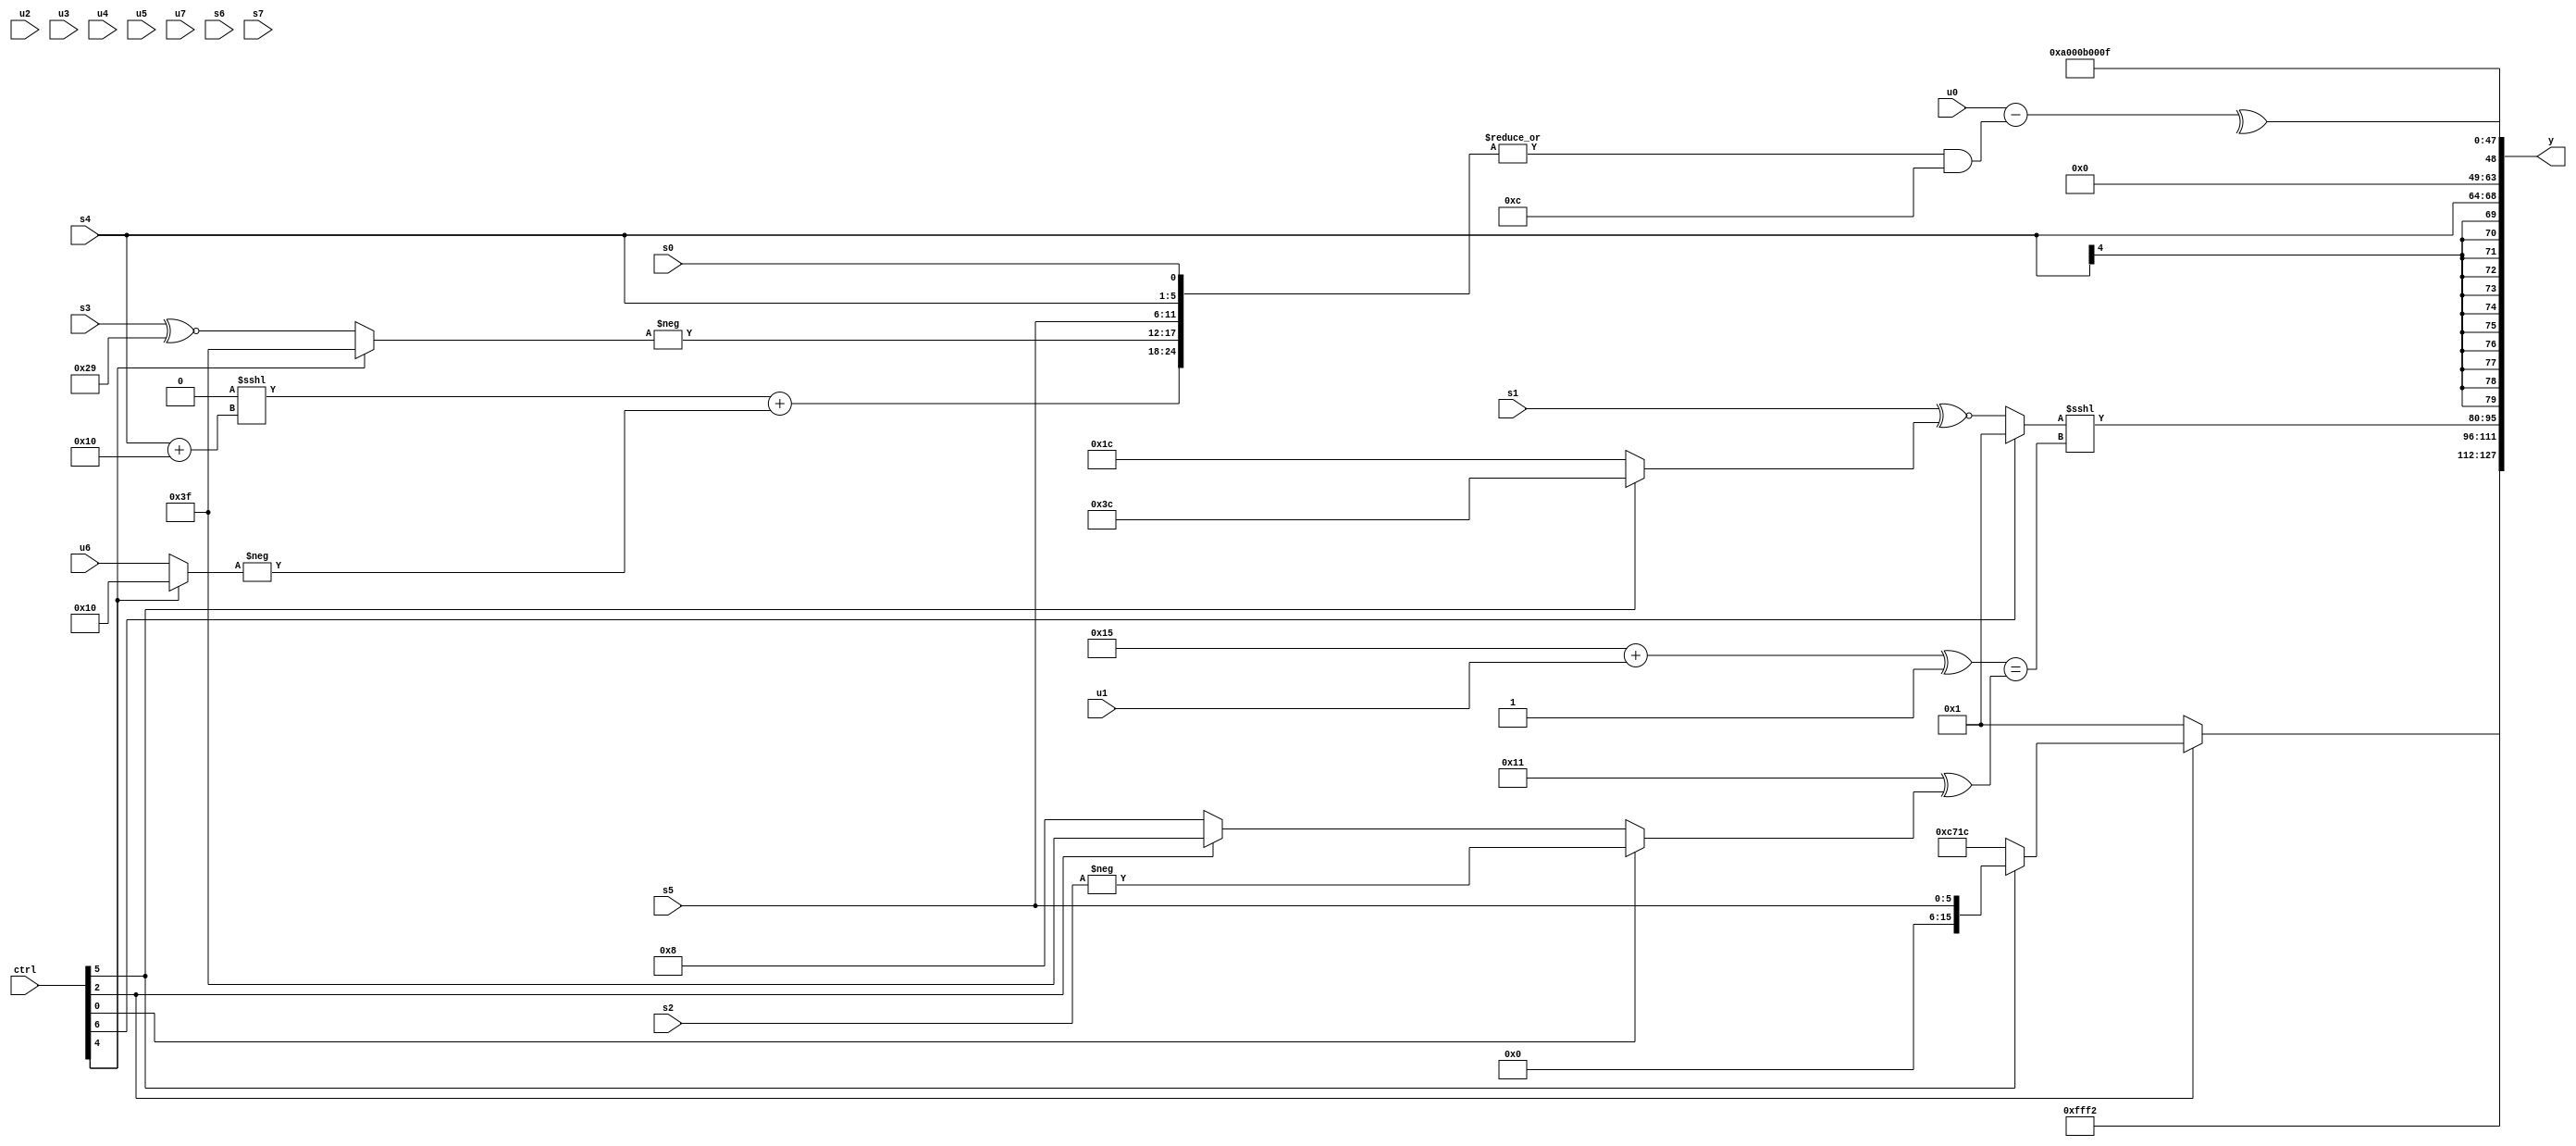
module wideexpr_00261(ctrl, u0, u1, u2, u3, u4, u5, u6, u7, s0, s1, s2, s3, s4, s5, s6, s7, y);
  input [7:0] ctrl;
  input [0:0] u0;
  input [1:0] u1;
  input [2:0] u2;
  input [3:0] u3;
  input [4:0] u4;
  input [5:0] u5;
  input [6:0] u6;
  input [7:0] u7;
  input signed [0:0] s0;
  input signed [1:0] s1;
  input signed [2:0] s2;
  input signed [3:0] s3;
  input signed [4:0] s4;
  input signed [5:0] s5;
  input signed [6:0] s6;
  input signed [7:0] s7;
  output [127:0] y;
  wire [15:0] y0;
  wire [15:0] y1;
  wire [15:0] y2;
  wire [15:0] y3;
  wire [15:0] y4;
  wire [15:0] y5;
  wire [15:0] y6;
  wire [15:0] y7;
  assign y = {y0,y1,y2,y3,y4,y5,y6,y7};
  assign y0 = (ctrl[2]?{1{$signed((ctrl[5]?s5:{4{~(6'sb100011)}}))}}:(-(5'sb00000))>=((s4)<<($signed(5'b01101))));
  assign y1 = 5'sb10010;
  assign y2 = ((ctrl[6]?3'sb001:(s1)^~($signed((ctrl[5]?(1'sb0)+(4'sb1100):6'sb011100)))))<<<($signed((($signed((5'b10101)+(u1)))^(2'sb11))==((5'sb10001)^((ctrl[0]?-(s2):(ctrl[2]?3'sb111:6'sb001000))))));
  assign y3 = s4;
  assign y4 = ^((+(u0))-((|({(((s6)<<(5'sb01100))<<<((s4)+(6'sb110000)))+(-((ctrl[4]?5'sb10000:u6))),-((ctrl[4]?2'sb11:(s3)^~(6'sb101001))),s5,{s0,s4}}))&($signed(4'sb1100))));
  assign y5 = -(-(4'b1010));
  assign y6 = 4'b1011;
  assign y7 = ({2{2'sb11}})|(3'sb111);
endmodule